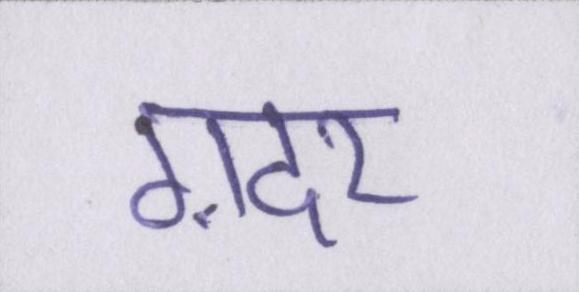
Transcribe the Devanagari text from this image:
ग़दर